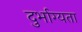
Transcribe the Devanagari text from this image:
दुर्भाग्यता